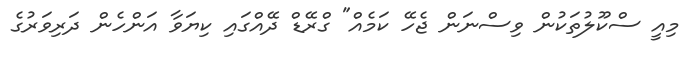
މިއީ ސްކޫލުތަކުން ވިސްނަން ޖެހޭ ކަމެއް" ގްރޭޑް ދޭއްގައި ކިޔަވާ އަންހެން ދަރިވަރުގެ